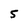
Character: 5